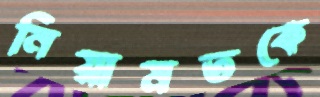
নিয়ামতকে